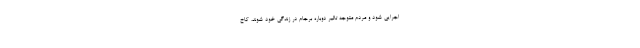
اجرایی شود و مردم متوجه تاثیر دوباره برجام در زندگی خود شوند، کاخ